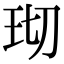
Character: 𬍔